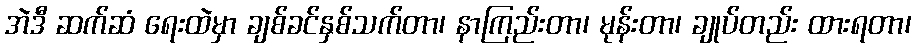
အဲဒီ ဆက်ဆံ ရေးထဲမှာ ချစ်ခင်နှစ်သက်တာ၊ နာကြည်းတာ၊ မုန်းတာ၊ ချုပ်တည်း ထားရတာ၊